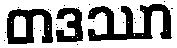
တဒဿာ